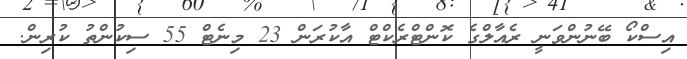
އިސްކޯ ބޭނުންވަނީ ރެއާލްގެ ކޮންޓްރެކްޓް އާކުރަން 23 މިނެޓް 55 ސިކުންތު ކުރިން.